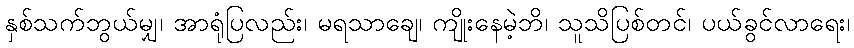
နှစ်သက်ဘွယ်မျှ၊ အာရုံပြလည်း၊ မရသာချေ၊ ကျိုးနေမဲ့ဘိ၊ သူသိပြစ်တင်၊ ပယ်ခွင်လာရေး၊